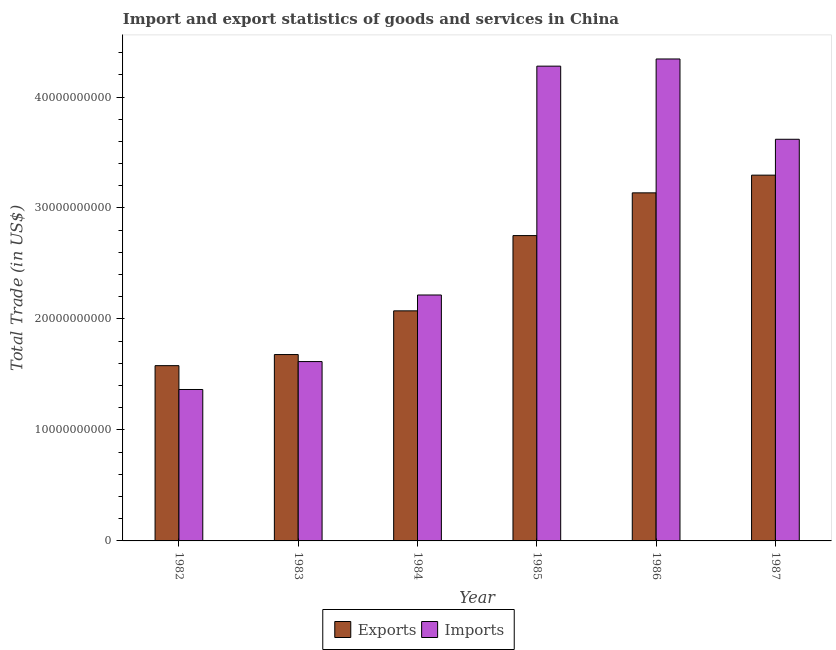
| Year | Exports | Imports |
 | --- | --- | --- |
 | 1982 | 1.58e+10 | 1.36e+10 |
 | 1983 | 1.68e+10 | 1.62e+10 |
 | 1984 | 2.07e+10 | 2.22e+10 |
 | 1985 | 2.75e+10 | 4.28e+10 |
 | 1986 | 3.14e+10 | 4.34e+10 |
 | 1987 | 3.3e+10 | 3.62e+10 |